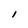
Character: I